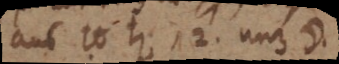
aus 10 [_] 12. unz ☽.